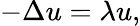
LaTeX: -\Delta u=\lambda u,